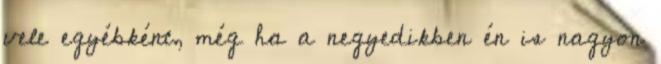
vele egyébként, még ha a negyedikben én is nagyon